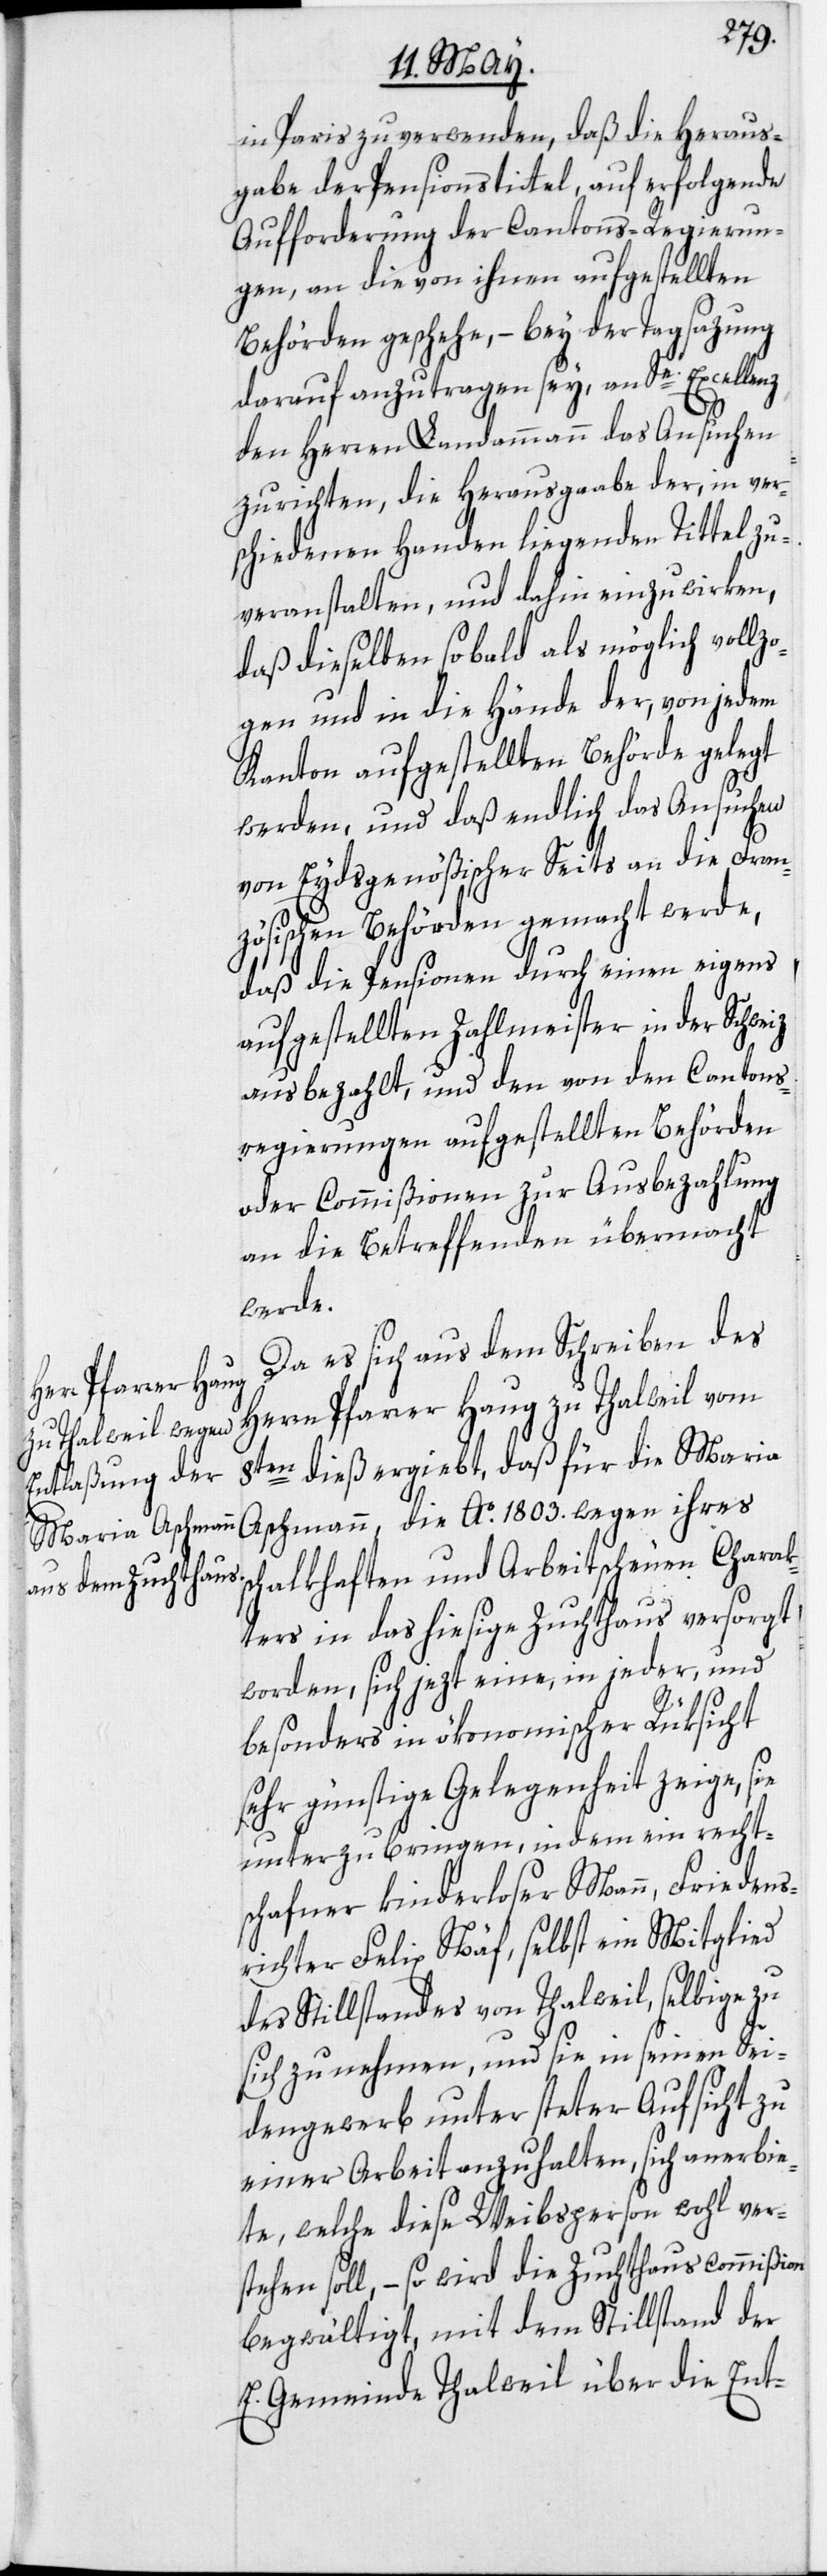
in Paris zu verwenden, daß die Heraus¬
gabe der Pensionstittel, auf erfolgende
Aufforderung der Cantons-Regierun¬
gen, an die von ihnen aufgestellten
Behörden geschehe, – bey der Tagsazung
darauf anzutragen sey, an Se. Excellenz
den Herren Landammann das Ansuchen
zu richten, die Herausgaabe der, in ver¬
schiedenen Handen liegenden Tittel zu
veranstalten, und dahin einzuwirken,
daß dieselben so bald als möglich vollz¬
ogen und in die Hände der, von jedem
Kanton aufgestellten Behörde gelegt
werden, und daß endlich das Ansuchen
von Eydsgenößischer Seits an die Fran¬
zösischen Behörden gemacht werde,
daß die Pensionen durch einen eigens
aufgestellten Zahlmeister in der Schweiz
ausbezahlt, und den von den Cantons¬
regierungen aufgestellten Behörden
oder Commißionen zur Ausbezahlung
an die Betreffenden übermacht
werde.
Da es sich aus dem Schreiben des
Herrn Pfarrer Haug zu Thalweil vom
8ten dieß ergiebt, daß für die Maria
Aschmann, die Ao. 1803. wegen ihres
schalkhaften und Arbeitscheuen Charak¬
ters in das hiesige Zuchthaus versorgt
worden, sich jezt eine, in jeder, und
besonders in ökonomischer Rüksicht
sehr günstige Gelegenheit zeige, sie
unterzubringen, in dem ein recht¬
schafner kinderloser Mann, Friedens¬
richter Felix Näf, selbst ein Mitglied
des Stillstandes von Thalweil, selbige zu
sich zu nehmen, und sie in seinen Sei¬
dengewerb unter steter Aufsicht zu
einer Arbeit anzuhalten, sich anerbie¬
te, welche diese Weibsperson wohl ver¬
stehen soll, – so wird die Zuchthauscommißion
begwältigt, mit dem Stillstand der
E. Gemeinde Thalweil über die Ent-